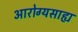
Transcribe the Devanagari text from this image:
आरोग्यसाह्य